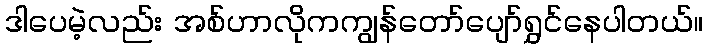
ဒါပေမဲ့လည်း အစ်ဟာလိုကကျွန်တော်ပျော်ရွှင်နေပါတယ်။